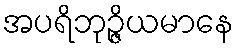
အပရိဘုဉ္ဇိယမာနေ